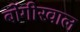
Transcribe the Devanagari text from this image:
बोंगीरवाल